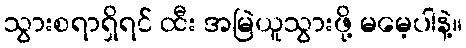
သွားစရာရှိရင် ထီး အမြဲယူသွားဖို့ မမေ့ပါနဲ့။